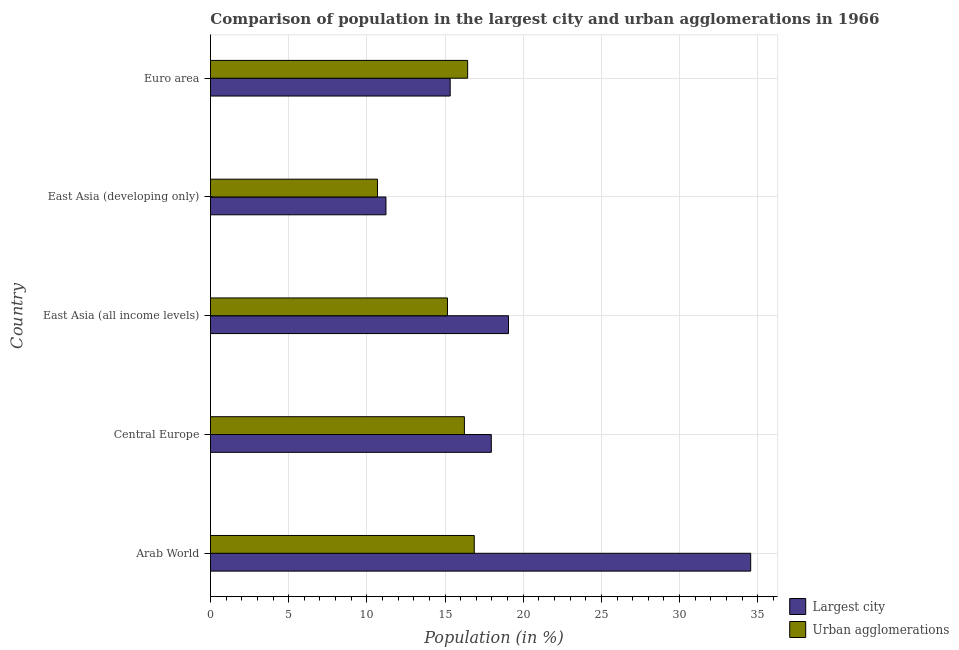
| Country | Largest city | Urban agglomerations |
 | --- | --- | --- |
 | Arab World | 34.5 | 16.9 |
 | Central Europe | 18 | 16.2 |
 | East Asia (all income levels) | 19.1 | 15.2 |
 | East Asia (developing only) | 11.2 | 10.7 |
 | Euro area | 15.3 | 16.4 |